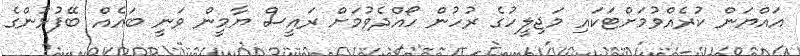
އައްޔަން ކުރެއްވުމަށްޓަކައި މަޖިލީހުގެ ރުހުން ހޯއްދެވުމަށް ރައީސް ޔާމީން ވަނީ ބައެއް ބޭފުޅުންގެ